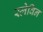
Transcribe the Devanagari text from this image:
स्लेविन